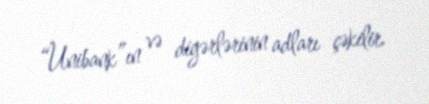
“Unibank”ın və digərlərinin adları çəkilir.